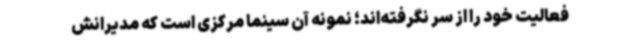
فعالیت خود را از سر نگرفته‌اند؛ نمونه آن سینما مرکزی است که مدیرانش